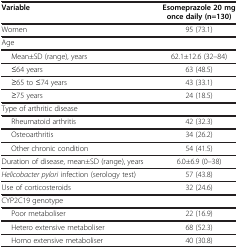
| Variable | Esomeprazole 20 mg once daily (n=130) |
 | --- | --- |
 | Women | 95 (73.1) |
 | Age |  |
 | Mean±SD (range), years | 62.1±12.6 (32–84) |
 | ≤64 years | 63 (48.5) |
 | ≥65 to ≤74 years | 43 (33.1) |
 | ≥75 years | 24 (18.5) |
 | Type of arthritic disease |  |
 | Rheumatoid arthritis | 42 (32.3) |
 | Osteoarthritis | 34 (26.2) |
 | Other chronic condition | 54 (41.5) |
 | Duration of disease, mean±SD (range), years | 6.0±6.9 (0–38) |
 | Helicobacter pylori infection (serology test) | 57 (43.8) |
 | Use of corticosteroids | 32 (24.6) |
 | CYP2C19 genotype |  |
 | Poor metaboliser | 22 (16.9) |
 | Hetero extensive metaboliser | 68 (52.3) |
 | Homo extensive metaboliser | 40 (30.8) |